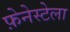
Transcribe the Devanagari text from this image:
फ़ेनेस्टेला